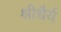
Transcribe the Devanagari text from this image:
श्रीधैर्य